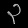
Digit: ၃